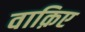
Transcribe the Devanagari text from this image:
वाक़िए